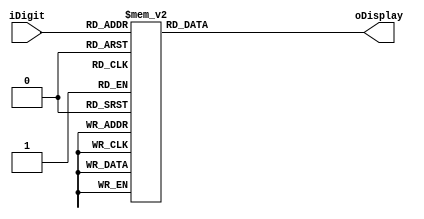
/*********************************************************
 Arquivo: display7.v
 Descrio:
 Implementao do mdulo controlador do display de 7 segmentos.
 Ele  responsvel por converter um nmero de 4 bits para 
 representao no display.
*********************************************************/

module display7
(
	iDigit, 		// Dgito de entrada 
	oDisplay		// Sada para o display
);

input wire [3:0] iDigit;
output reg [6:0] oDisplay;

always @(iDigit) begin
	case (iDigit)
	  4'h0: oDisplay = 7'b1000000;
	  4'h1: oDisplay = 7'b1111001;     // ---a(0)---
	  4'h2: oDisplay = 7'b0100100;     // |      |
	  4'h3: oDisplay = 7'b0110000;     // f(5)   b(1)
	  4'h4: oDisplay = 7'b0011001;     // |      |
	  4'h5: oDisplay = 7'b0010010;     // ---g(6)-
	  4'h6: oDisplay = 7'b0000010;     // |      |
	  4'h7: oDisplay = 7'b1111000;     // e(4)   c(2)
	  4'h8: oDisplay = 7'b0000000;     // |      |
	  4'h9: oDisplay = 7'b0011000;     // ---d(3)--
	  4'ha: oDisplay = 7'b0001000;
	  4'hb: oDisplay = 7'b0000011;
	  4'hc: oDisplay = 7'b1000110;
	  4'hd: oDisplay = 7'b0100001;
	  4'he: oDisplay = 7'b0000110;
	  4'hf: oDisplay = 7'b0001110;
	endcase
end

endmodule